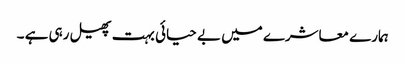
ہمارے معاشرے میں بے حیائی بہت پھیل رہی ہے ۔